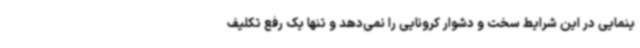
ینمایی در این شرایط سخت و دشوار کرونایی را نمی‌دهد و تنها یک رفع تکلیف